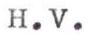
H.V.